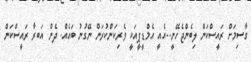
ގާސިމަށް ރައީސްކަން ލިބެންޖެހޭނީ...އެއީ އެމްޑީޕީއަކީ ވެރިކަންކުރަން ނޭގުނު ބައެއް. ދެން އަބރާ ރައީސްކަން